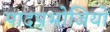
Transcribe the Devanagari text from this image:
पादपभोजियों